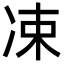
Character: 凁